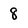
Character: 8